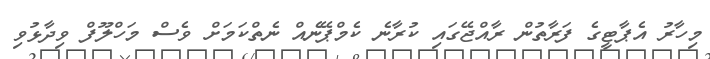
މިހާރު އެޕާޓީގެ ފަރާތުން ރާއްޖޭގައި ކުރާނެ ކެމްޕޭނެއް ނެތްކަމަށް ވެސް މަހްލޫފް ވިދާޅުވި